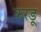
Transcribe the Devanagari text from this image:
करडू